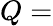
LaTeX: Q=